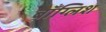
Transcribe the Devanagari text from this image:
बाँग्लिश